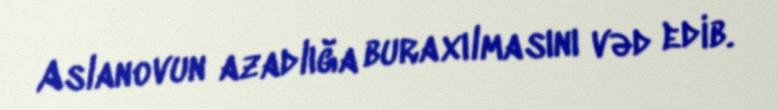
Aslanovun azadlığa buraxılmasını vəd edib.